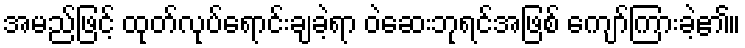
အမည်ဖြင့် ထုတ်လုပ်ရောင်းချခဲ့ရာ ဝဲဆေးဘုရင်အဖြစ် ကျော်ကြားခဲ့၏။